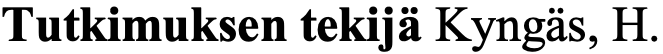
Tutkimuksen tekijä Kyngäs, H.